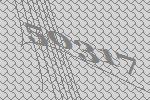
50317